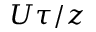
U \tau / z